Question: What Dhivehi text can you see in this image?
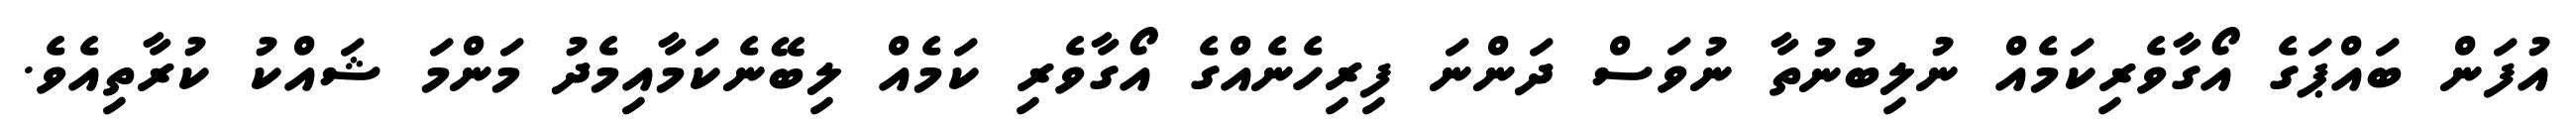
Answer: އުފަން ބައްޕަގެ އޯގާވެރިކަމެއް ނުލިބުނުތާ ނުވަސް ދަންނަ ފިރިހެނެއްގެ އޯގާވެރި ކަމެއް ލިބޭނެކަމާއިމެދު މަންމަ ޝައްކު ކުރާތިއެވެ.